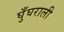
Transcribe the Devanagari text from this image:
घुँघराली